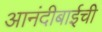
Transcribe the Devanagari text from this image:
आनंदीबाईची